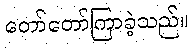
တော်တော်ကြာခဲ့သည်။